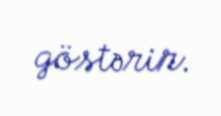
göstərir.